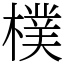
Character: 樸